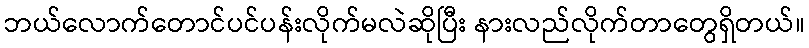
ဘယ်လောက်တောင်ပင်ပန်းလိုက်မလဲဆိုပြီး နားလည်လိုက်တာတွေရှိတယ်။